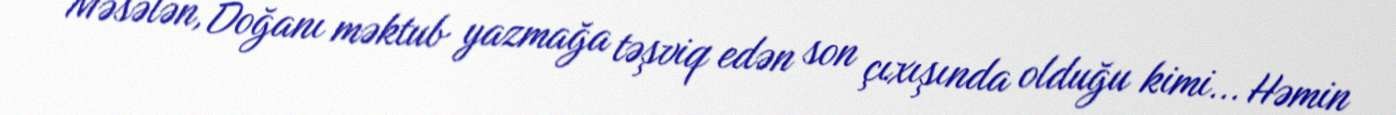
Məsələn, Doğanı məktub yazmağa təşviq edən son çıxışında olduğu kimi... Həmin